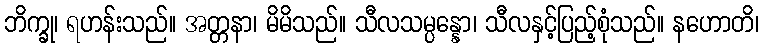
ဘိက္ခု၊ ရဟန်းသည်။ အတ္တနာ၊ မိမိသည်။ သီလသမ္ပန္နော၊ သီလနှင့်ပြည့်စုံသည်။ နဟောတိ၊